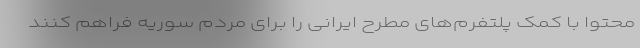
محتوا با کمک پلتفرم‌‌های مطرح ایرانی را برای مردم سوریه فراهم کنند